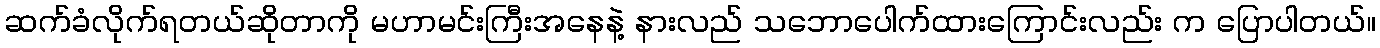
ဆက်ခံလိုက်ရတယ်ဆိုတာကို မဟာမင်းကြီးအနေနဲ့ နားလည် သဘောပေါက်ထားကြောင်းလည်း က ပြောပါတယ်။